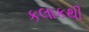
કલાકથી